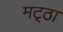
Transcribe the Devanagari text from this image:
मट्‌ठा